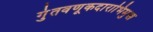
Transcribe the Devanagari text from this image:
गुंतवणूकदाराभिमुख